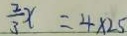
\frac { 2 } { 3 } x = 4 \times 2 5